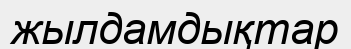
жылдамдықтар